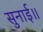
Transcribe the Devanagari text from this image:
सुनाई॥